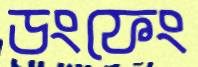
ডংফেং